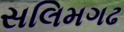
સલિમગઢ